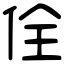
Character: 佺